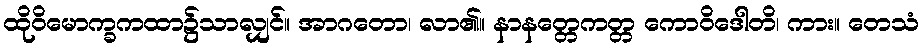
ထိုဝိမောက္ခကထာ၌သာလျှင်။ အာဂတော၊ လာ၏။ နာနတ္တေကတ္တ ကောဝိဒေါတိ၊ ကား။ တေသံ